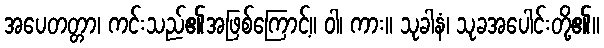
အပေတတ္တာ၊ ကင်းသည်၏အဖြစ်ကြောင့်။ ဝါ၊ ကား။ သုခါနံ၊ သုခအပေါင်းတို့၏။